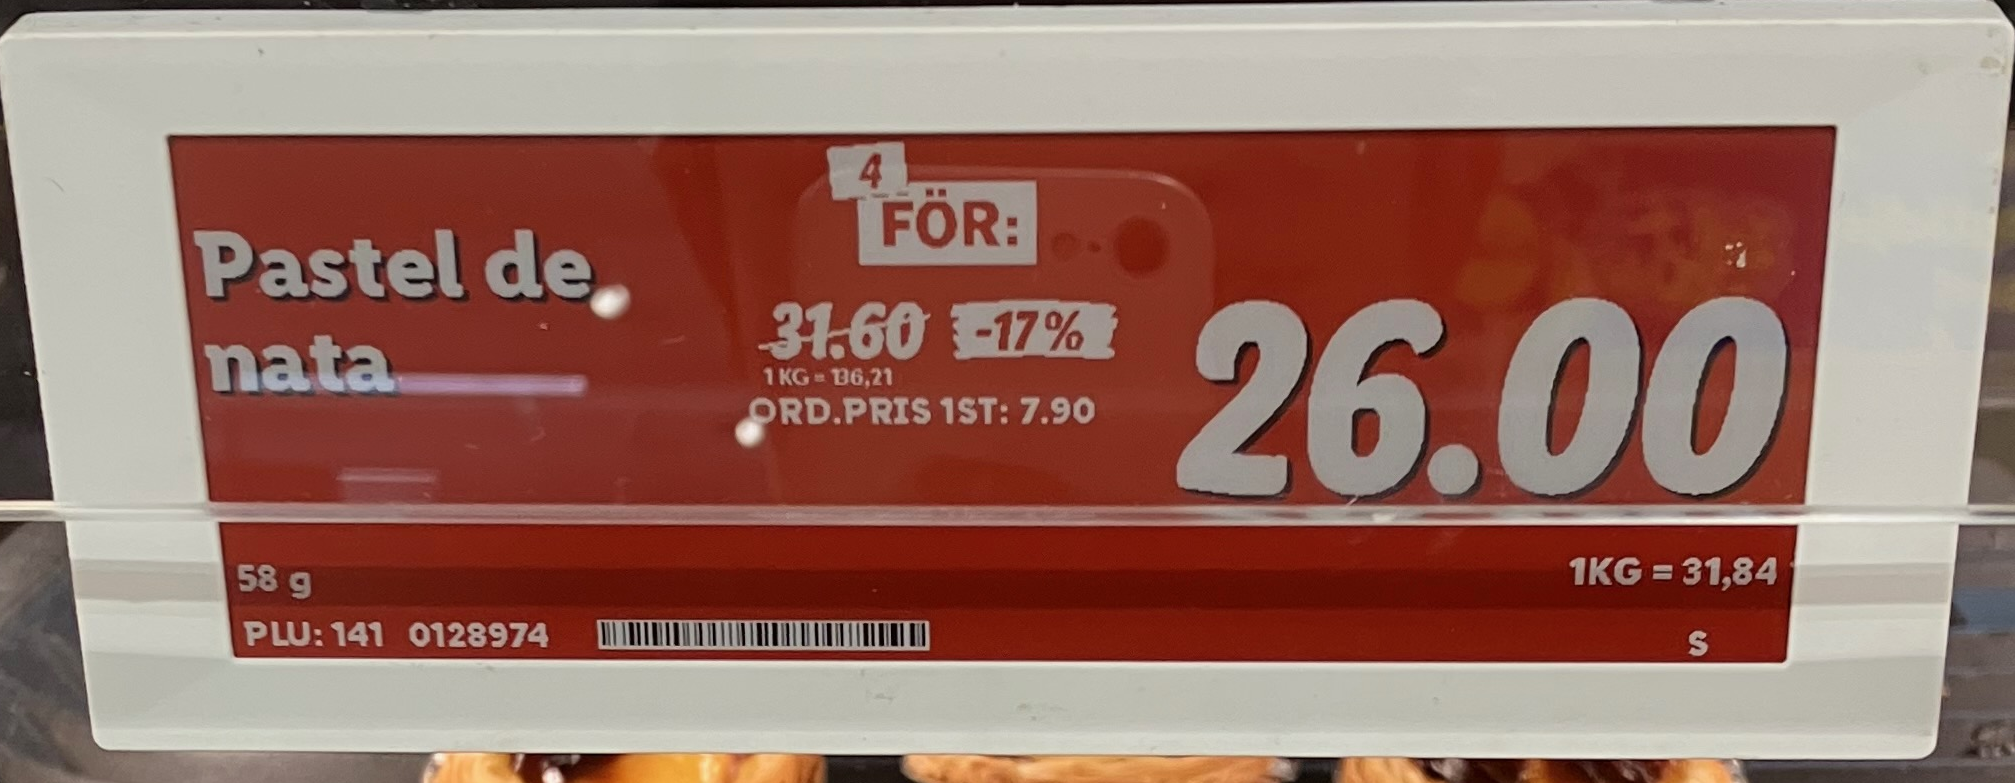
Vara: Pastel de nata
Genomsnittspris: 31.84 per kg